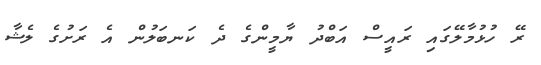
ރޭ ހުޅުމާލޭގައި ރައީސް އަބްދު ޔާމީންގެ ދެ ކަނބަލުން އެ ރަށުގެ ލެޝާ